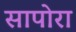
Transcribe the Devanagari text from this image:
सापोरा